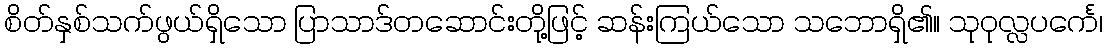
စိတ်နှစ်သက်ဖွယ်ရှိသော ပြာသာဒ်တဆောင်းတို့ဖြင့် ဆန်းကြယ်သော သဘောရှိ၏။ သုဝုလ္လပင်္ကေ၊